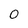
Character: 0